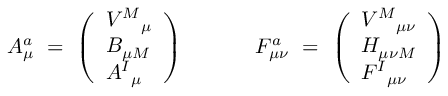
A _ { \mu } ^ { a } ~ = ~ \left( \begin{array} { l } { { V ^ { M } { } _ { \mu } } } \\ { { B _ { \mu M } } } \\ { { A ^ { I } { } _ { \mu } } } \end{array} \right) { } ~ ~ ~ ~ ~ ~ ~ ~ ~ ~ F _ { \mu \nu } ^ { a } ~ = ~ \left( \begin{array} { l } { { V ^ { M } { } _ { \mu \nu } } } \\ { { H _ { \mu \nu M } } } \\ { { F ^ { I } { } _ { \mu \nu } } } \end{array} \right)